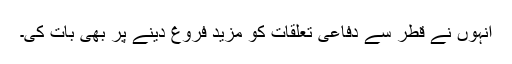
انہوں نے قطر سے دفاعی تعلقات کو مزید فروغ دینے پر بھی بات کی۔